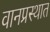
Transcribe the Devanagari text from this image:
वानप्रस्थात